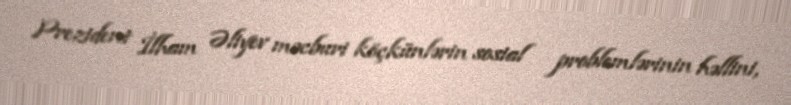
Prezident İlham Əliyev məcburi köçkünlərin sosial problemlərinin həllini,